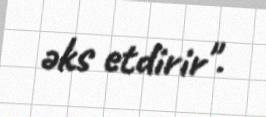
əks etdirir".